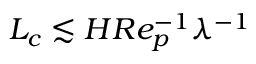
L _ { c } \lesssim H R e _ { p } ^ { - 1 } \lambda ^ { - 1 }